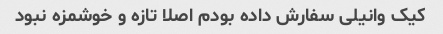
کیک وانیلی سفارش داده بودم اصلا تازه و خوشمزه نبود